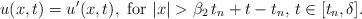
LaTeX: \begin{align*}u(x,t)=u'(x,t),\,\,{\rm for}\,\,|x|>\beta_2\,t_n+t-t_n,\,t\in [t_n,\delta].\end{align*}